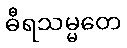
ဓီရသမ္မတေ